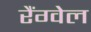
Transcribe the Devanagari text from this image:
रैंग्वेल